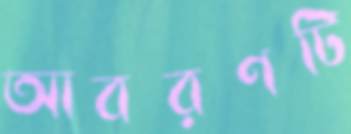
আবরণটি